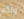
ولكم